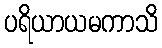
ပရိယာယမကာသိ